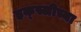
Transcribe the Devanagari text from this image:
हक्स्लीच्या